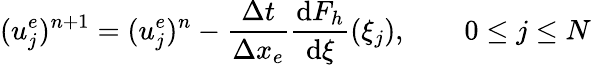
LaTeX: (u_{j}^{e})^{n+1}=(u_{j}^{e})^{n}-\frac{\Delta t}{\Delta x_{e}}\frac{\textrm{d}F_{h}}{\textrm{d}\xi}(\xi_{j}),\qquad 0\le j\le N